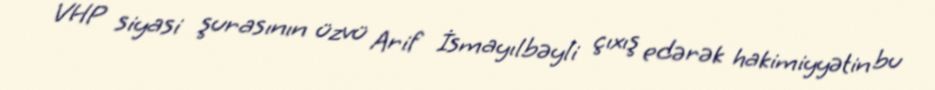
VHP siyasi şurasının üzvü Arif İsmayılbəyli çıxış edərək hakimiyyətin bu